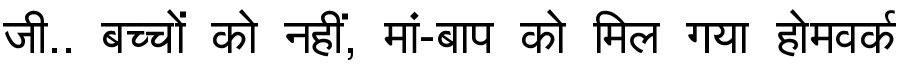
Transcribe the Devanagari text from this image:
जी.. बच्चों को नहीं, मां-बाप को मिल गया होमवर्क